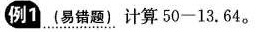
例1_{(易错题)}计算50-13.64。